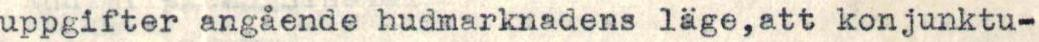
uppgifter angående hudmarknadens läge,att konjunktu-